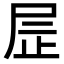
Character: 𫵙